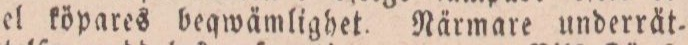
el köpares beqwämlighet Närmare underrät-